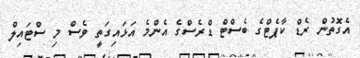
އެގޮތުން ރެޑް ކާޕެޓްގެ ބެސްޓް ޑްރެސްގެ އެންމެ އަޅައިގަތީ ވެސް މި ސްޓައިލް